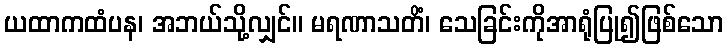
ယထာကထံပန၊ အဘယ်သို့လျှင်။ မရဏာသတိံ၊ သေခြင်းကိုအာရုံပြု၍ဖြစ်သော